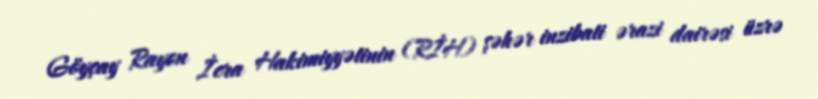
Göyçay Rayon İcra Hakimiyyətinin (RİH) şəhər inzibati ərazi dairəsi üzrə